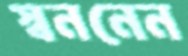
স্বননেন